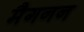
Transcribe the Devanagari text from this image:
मैगनन